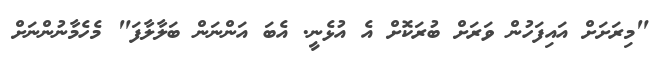
"މިރަށަށް އައިފަހުން ވަރަށް ބުރަކޮށް އެ އުޅެނީ. އެބަ އަންނަން ބަލާލާފަ" މެހެމާނުންނަށް